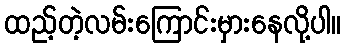
ထည့်တဲ့လမ်းကြောင်းမှားနေလို့ပါ။